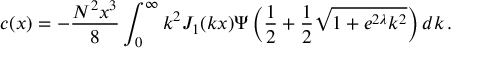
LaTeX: c ( x ) = - \frac { N ^ { 2 } x ^ { 3 } } { 8 } \int _ { 0 } ^ { \infty } k ^ { 2 } J _ { 1 } ( k x ) \Psi \left( \frac { 1 } { 2 } + \frac { 1 } { 2 } \sqrt { 1 + e ^ { 2 \lambda } k ^ { 2 } } \right) d k \, .